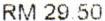
RM 29.50